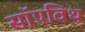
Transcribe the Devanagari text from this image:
सॉपविथ